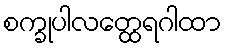
စက္ခုပါလတ္ထေရဂါထာ